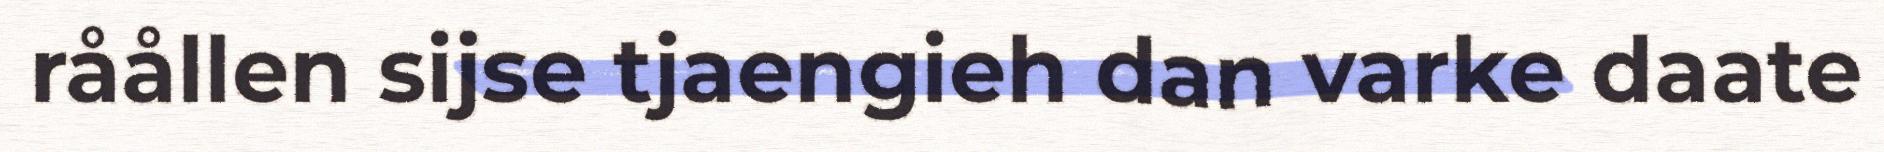
råållen sijse tjaengieh dan varke daate